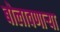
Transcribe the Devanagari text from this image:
बोलावणार्‍या